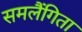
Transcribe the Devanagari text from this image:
समलैंगिता